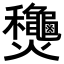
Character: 𬋢